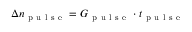
\Delta n _ { \mathrm { ~ p ~ u ~ l ~ s ~ e ~ } } = G _ { \mathrm { ~ p ~ u ~ l ~ s ~ e ~ } } \cdot t _ { \mathrm { ~ p ~ u ~ l ~ s ~ e ~ } }